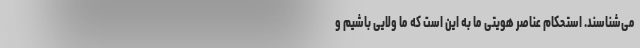
می‌شناسند. استحکام عناصر هویتی ما به این است که ما ولایی باشیم و